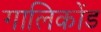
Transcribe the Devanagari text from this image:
गालिकोंड